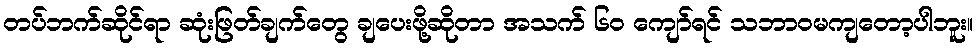
တပ်ဘက်ဆိုင်ရာ ဆုံးဖြတ်ချက်တွေ ချပေးဖို့ဆိုတာ အသက် ၆၀ ကျော်ရင် သဘာဝမကျတော့ပါဘူး။